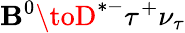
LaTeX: \mathbf{B}^{0}\toD^{*-}\tau^{+}\nu_{\tau}